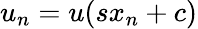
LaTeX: u_{n}=u(sx_{n}+c)